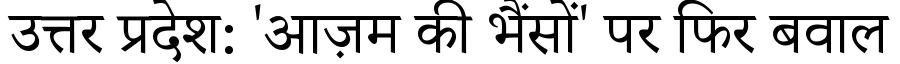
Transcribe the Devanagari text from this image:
उत्तर प्रदेश: 'आज़म की भैंसों' पर फिर बवाल